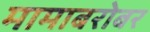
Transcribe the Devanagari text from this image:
मामाबरोबर